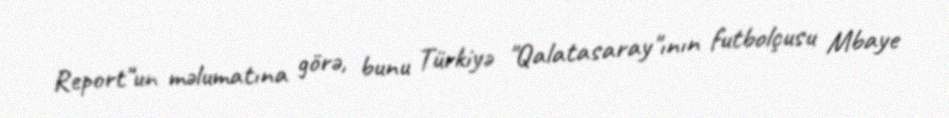
Report"un məlumatına görə, bunu Türkiyə "Qalatasaray"ının futbolçusu Mbaye